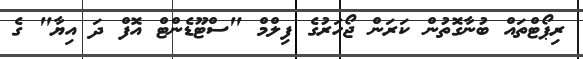
ރިޕޯޓްތައް ބުނާގޮތުން ކަރަން ޖޯހަރުގެ ފިލްމް "ސްޓޫޑެންޓް އޮފް ދަ އިޔާ" ގެ